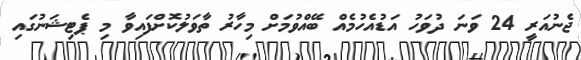
ޖެނުއަރީ 24 ވަނަ ދުވަހު އަޑުއެހުމެއް ބޭއްވުމަށް މިހާރު ތާވަލުކޮށްފައިވާ މި ޕެޓިޝަނުގައި